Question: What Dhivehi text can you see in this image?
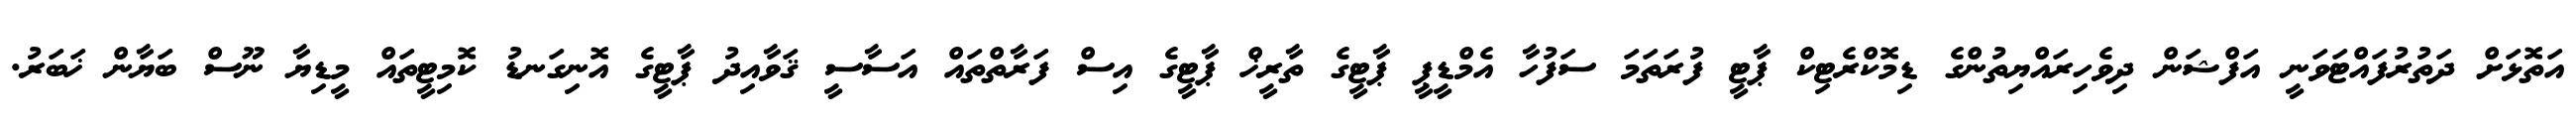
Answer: އަތޮޅަށް ދަތުރުފައްޓަވަނީ އަފްޝަން ދިވެހިރައްޔިތުންގެ ޑިމޮކްރެޓިކް ޕާޓީ ފުރަތަމަ ސަފުހާ އެމްޑީޕީ ޕާޓީގެ ތާރީޚް ޕާޓީގެ އިސް ފަރާތްތައް އަސާސީ ޤަވާއިދު ޕާޓީގެ އޮނިގަނޑު ކޮމިޓީތައް މީޑިޔާ ނޫސް ބަޔާން ޚަބަރު.